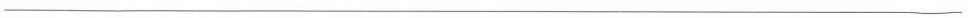
___